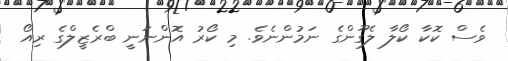
ވެސް ކޮކާ ކޯލާ ލެގޫންގެ ނަމުންނެވެ. މި ކޯރު އޮންނަނީ ބްރެޒީލްގެ ރިއޯ